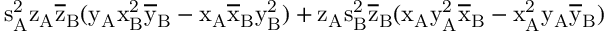
\mathrm { s _ { A } ^ { 2 } \mathrm { z _ { A } \mathrm { \overline { { z } } _ { B } ( \mathrm { y _ { A } \mathrm { x _ { B } ^ { 2 } \mathrm { \overline { { y } } _ { B } - \mathrm { x _ { A } \mathrm { \overline { { x } } _ { B } \mathrm { y _ { B } ^ { 2 } ) + \mathrm { z _ { A } \mathrm { s _ { B } ^ { 2 } \mathrm { \overline { { z } } _ { B } ( \mathrm { x _ { A } \mathrm { y _ { A } ^ { 2 } \mathrm { \overline { { x } } _ { B } - \mathrm { x _ { A } ^ { 2 } \mathrm { y _ { A } \mathrm { \overline { { y } } _ { B } ) } } } } } } } } } } } } } } } } } }